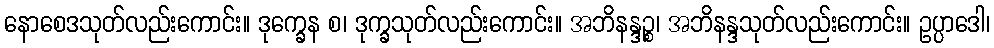
နောစေဒသုတ်လည်းကောင်း။ ဒုက္ခေန စ၊ ဒုက္ခသုတ်လည်းကောင်း။ အဘိနန္ဒဉ္စ၊ အဘိနန္ဒသုတ်လည်းကောင်း။ ဥပ္ပာဒေါ၊